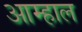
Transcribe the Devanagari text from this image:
आम्हाल